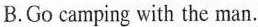
B. Go camping with the man.